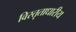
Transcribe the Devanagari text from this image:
विस्तृताधारीय